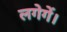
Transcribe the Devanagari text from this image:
लगेगें।